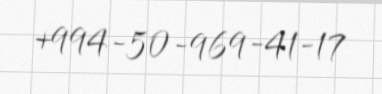
+994-50-969-41-17